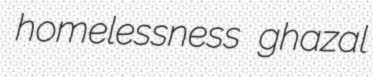
homelessness ghazal